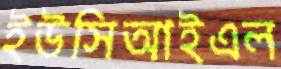
ইউসিআইএল